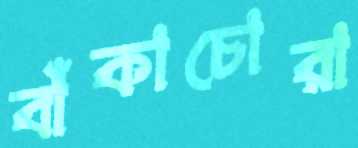
বাঁকাচোরা